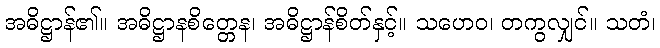
အဓိဋ္ဌာန်၏။ အဓိဋ္ဌာနစိတ္တေန၊ အဓိဋ္ဌာန်စိတ်နှင့်။ သဟေဝ၊ တကွလျှင်။ သတံ၊